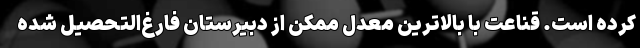
كرده است. قناعت با بالاترين معدل ممكن از دبيرستان فارغ‌التحصيل شده